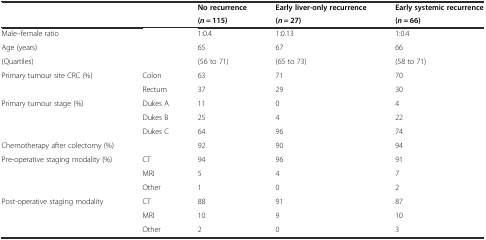
<table><thead><tr><td rowspan="2"></td><td rowspan="2"></td><td><b>No recurrence</b></td><td><b>Early liver-only recurrence</b></td><td><b>Early systemic recurrence</b></td></tr><tr><td><b>(<i>n</i> = 115)</b></td><td><b>(<i>n</i> = 27)</b></td><td><b>(<i>n</i> = 66)</b></td></tr></thead><tbody><tr><td>Male–female ratio</td><td></td><td>1:0.4</td><td>1:0.13</td><td>1:0.4</td></tr><tr><td>Age (years)</td><td></td><td>65</td><td>67</td><td>66</td></tr><tr><td>(Quartiles)</td><td></td><td>(56 to 71)</td><td>(65 to 73)</td><td>(58 to 71)</td></tr><tr><td rowspan="2">Primary tumour site CRC (%)</td><td>Colon</td><td>63</td><td>71</td><td>70</td></tr><tr><td>Rectum</td><td>37</td><td>29</td><td>30</td></tr><tr><td rowspan="3">Primary tumour stage (%)</td><td>Dukes A</td><td>11</td><td>0</td><td>4</td></tr><tr><td>Dukes B</td><td>25</td><td>4</td><td>22</td></tr><tr><td>Dukes C</td><td>64</td><td>96</td><td>74</td></tr><tr><td>Chemotherapy after colectomy (%)</td><td></td><td>92</td><td>90</td><td>94</td></tr><tr><td rowspan="3">Pre-operative staging modality (%)</td><td>CT</td><td>94</td><td>96</td><td>91</td></tr><tr><td>MRI</td><td>5</td><td>4</td><td>7</td></tr><tr><td>Other</td><td>1</td><td>0</td><td>2</td></tr><tr><td rowspan="3">Post-operative staging modality</td><td>CT</td><td>88</td><td>91</td><td>87</td></tr><tr><td>MRI</td><td>10</td><td>9</td><td>10</td></tr><tr><td>Other</td><td>2</td><td>0</td><td>3</td></tr></tbody></table>